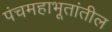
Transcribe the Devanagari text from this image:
पंचमहाभूतांतील